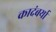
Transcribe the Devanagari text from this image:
कादंबर्या